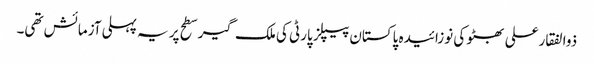
ذوالفقارعلی بھٹو کی نوزائیدہ پاکستان پیپلز پارٹی کی ملک گیر سطح پر یہ پہلی آزمائش تھی۔